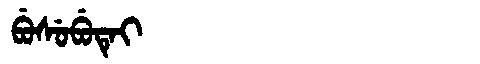
Manchu: ᠪᡠᠰᡠᠪᡠᡨᡝᡳ
Romanization: BUSUBUTEI